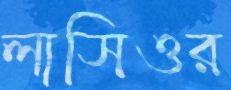
লাসিওর